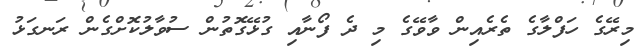
މިރޭގެ ހަފްލާގެ ތެރެއިން ވާވޭގެ މި ދެ ފޯނާއި ގުޅޭގޮތުން ސުވާލުކޮށްގެން ރަނގަޅު